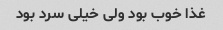
غذا خوب بود ولی خیلی سرد بود